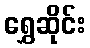
ရွှေဆိုင်း